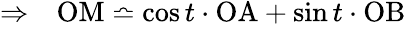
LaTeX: \begin{array}{ll}{\Rightarrow}&{\mathrm{OM}\bumpeq\cos t\cdot\mathrm{OA}+\sin t\cdot\mathrm{OB}}\end{array}